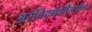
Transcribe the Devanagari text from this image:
असंवेदनशीलपणे